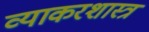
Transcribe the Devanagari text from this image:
व्याकरशास्त्र